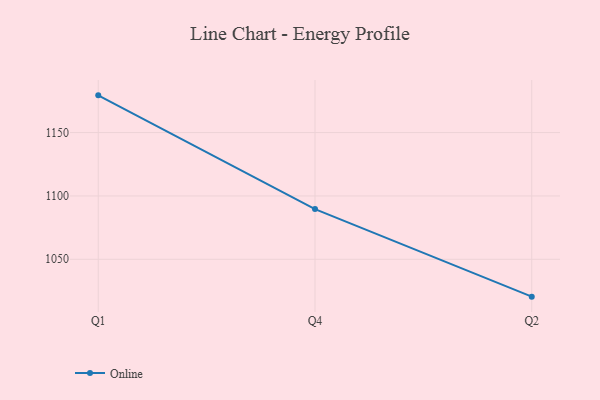
{"axis": {"x": "Quarter", "y": "Bounce Rate (%)"}, "legend": ["Online"], "data": [{"x": "Q1", "y": 1179.4, "type": "Online"}, {"x": "Q4", "y": 1089.6, "type": "Online"}, {"x": "Q2", "y": 1020.5, "type": "Online"}]}